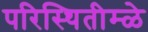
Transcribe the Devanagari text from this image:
परिस्थितीम्ळे